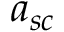
a _ { s c }